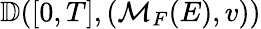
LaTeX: \mathbb{D}([0,T],(\mathcal{M}_{F}(E),v))